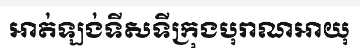
អាត់ឡង់ទីសទីក្រុងបុរាណអាយុ